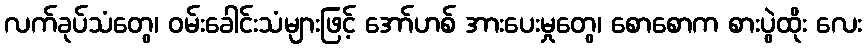
လက်ခုပ်သံတွေ၊ ဝမ်းခေါင်းသံများဖြင့် အော်ဟစ် အားပေးမှုတွေ၊ စောစောက စားပွဲထိုး လေး